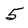
Character: 5